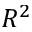
R ^ { 2 }